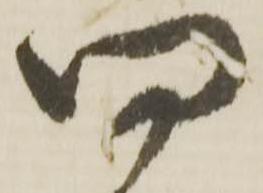
問